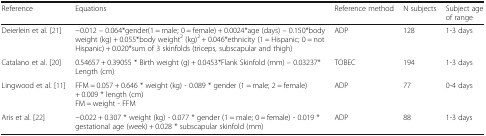
<table><thead><tr><td><b>Reference</b></td><td><b>Equations</b></td><td><b>Reference method</b></td><td><b>N subjects</b></td><td><b>Subject age of range</b></td></tr></thead><tbody><tr><td>Deierlein et al. [21]</td><td>−0.012 – 0.064*gender(1 = male; 0 = female) + 0.0024*age (days) – 0.150*body weight (kg) + 0.055*body weight<sup>2</sup> (kg)<sup>2</sup> + 0.046*ethnicity (1 = Hispanic; 0 = not Hispanic) + 0.020*sum of 3 skinfolds (triceps, subscapular and thigh)</td><td>ADP</td><td>128</td><td>1-3 days</td></tr><tr><td>Catalano et al. [20]</td><td>0.54657 + 0.39055 * Birth weight (g) + 0.0453*Flank Skinfold (mm) – 0.03237*Length (cm)</td><td>TOBEC</td><td>194</td><td>1-3 days</td></tr><tr><td>Lingwood et al. [11]</td><td>FFM = 0.057 + 0.646 * weight (kg) - 0.089 * gender (1 = male; 2 = female) + 0.009 * length (cm)FM = weight - FFM</td><td>ADP</td><td>77</td><td>0-4 days</td></tr><tr><td>Aris et al. [22]</td><td>−0.022 + 0.307 * weight (kg) - 0.077 * gender (1 = male; 0 = female) - 0.019 * gestational age (week) + 0.028 * subscapular skinfold (mm)</td><td>ADP</td><td>88</td><td>1-3 days</td></tr></tbody></table>